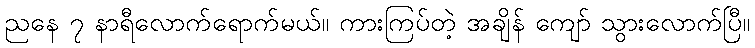
ညနေ ၇ နာရီလောက်ရောက်မယ်။ ကားကြပ်တဲ့ အချိန် ကျော် သွားလောက်ပြီ။